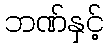
ဘဏ်နှင့်